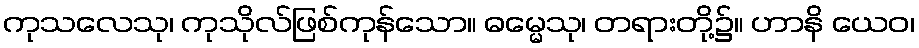
ကုသလေသု၊ ကုသိုလ်ဖြစ်ကုန်သော။ ဓမ္မေသု၊ တရားတို့၌။ ဟာနိ ယေဝ၊